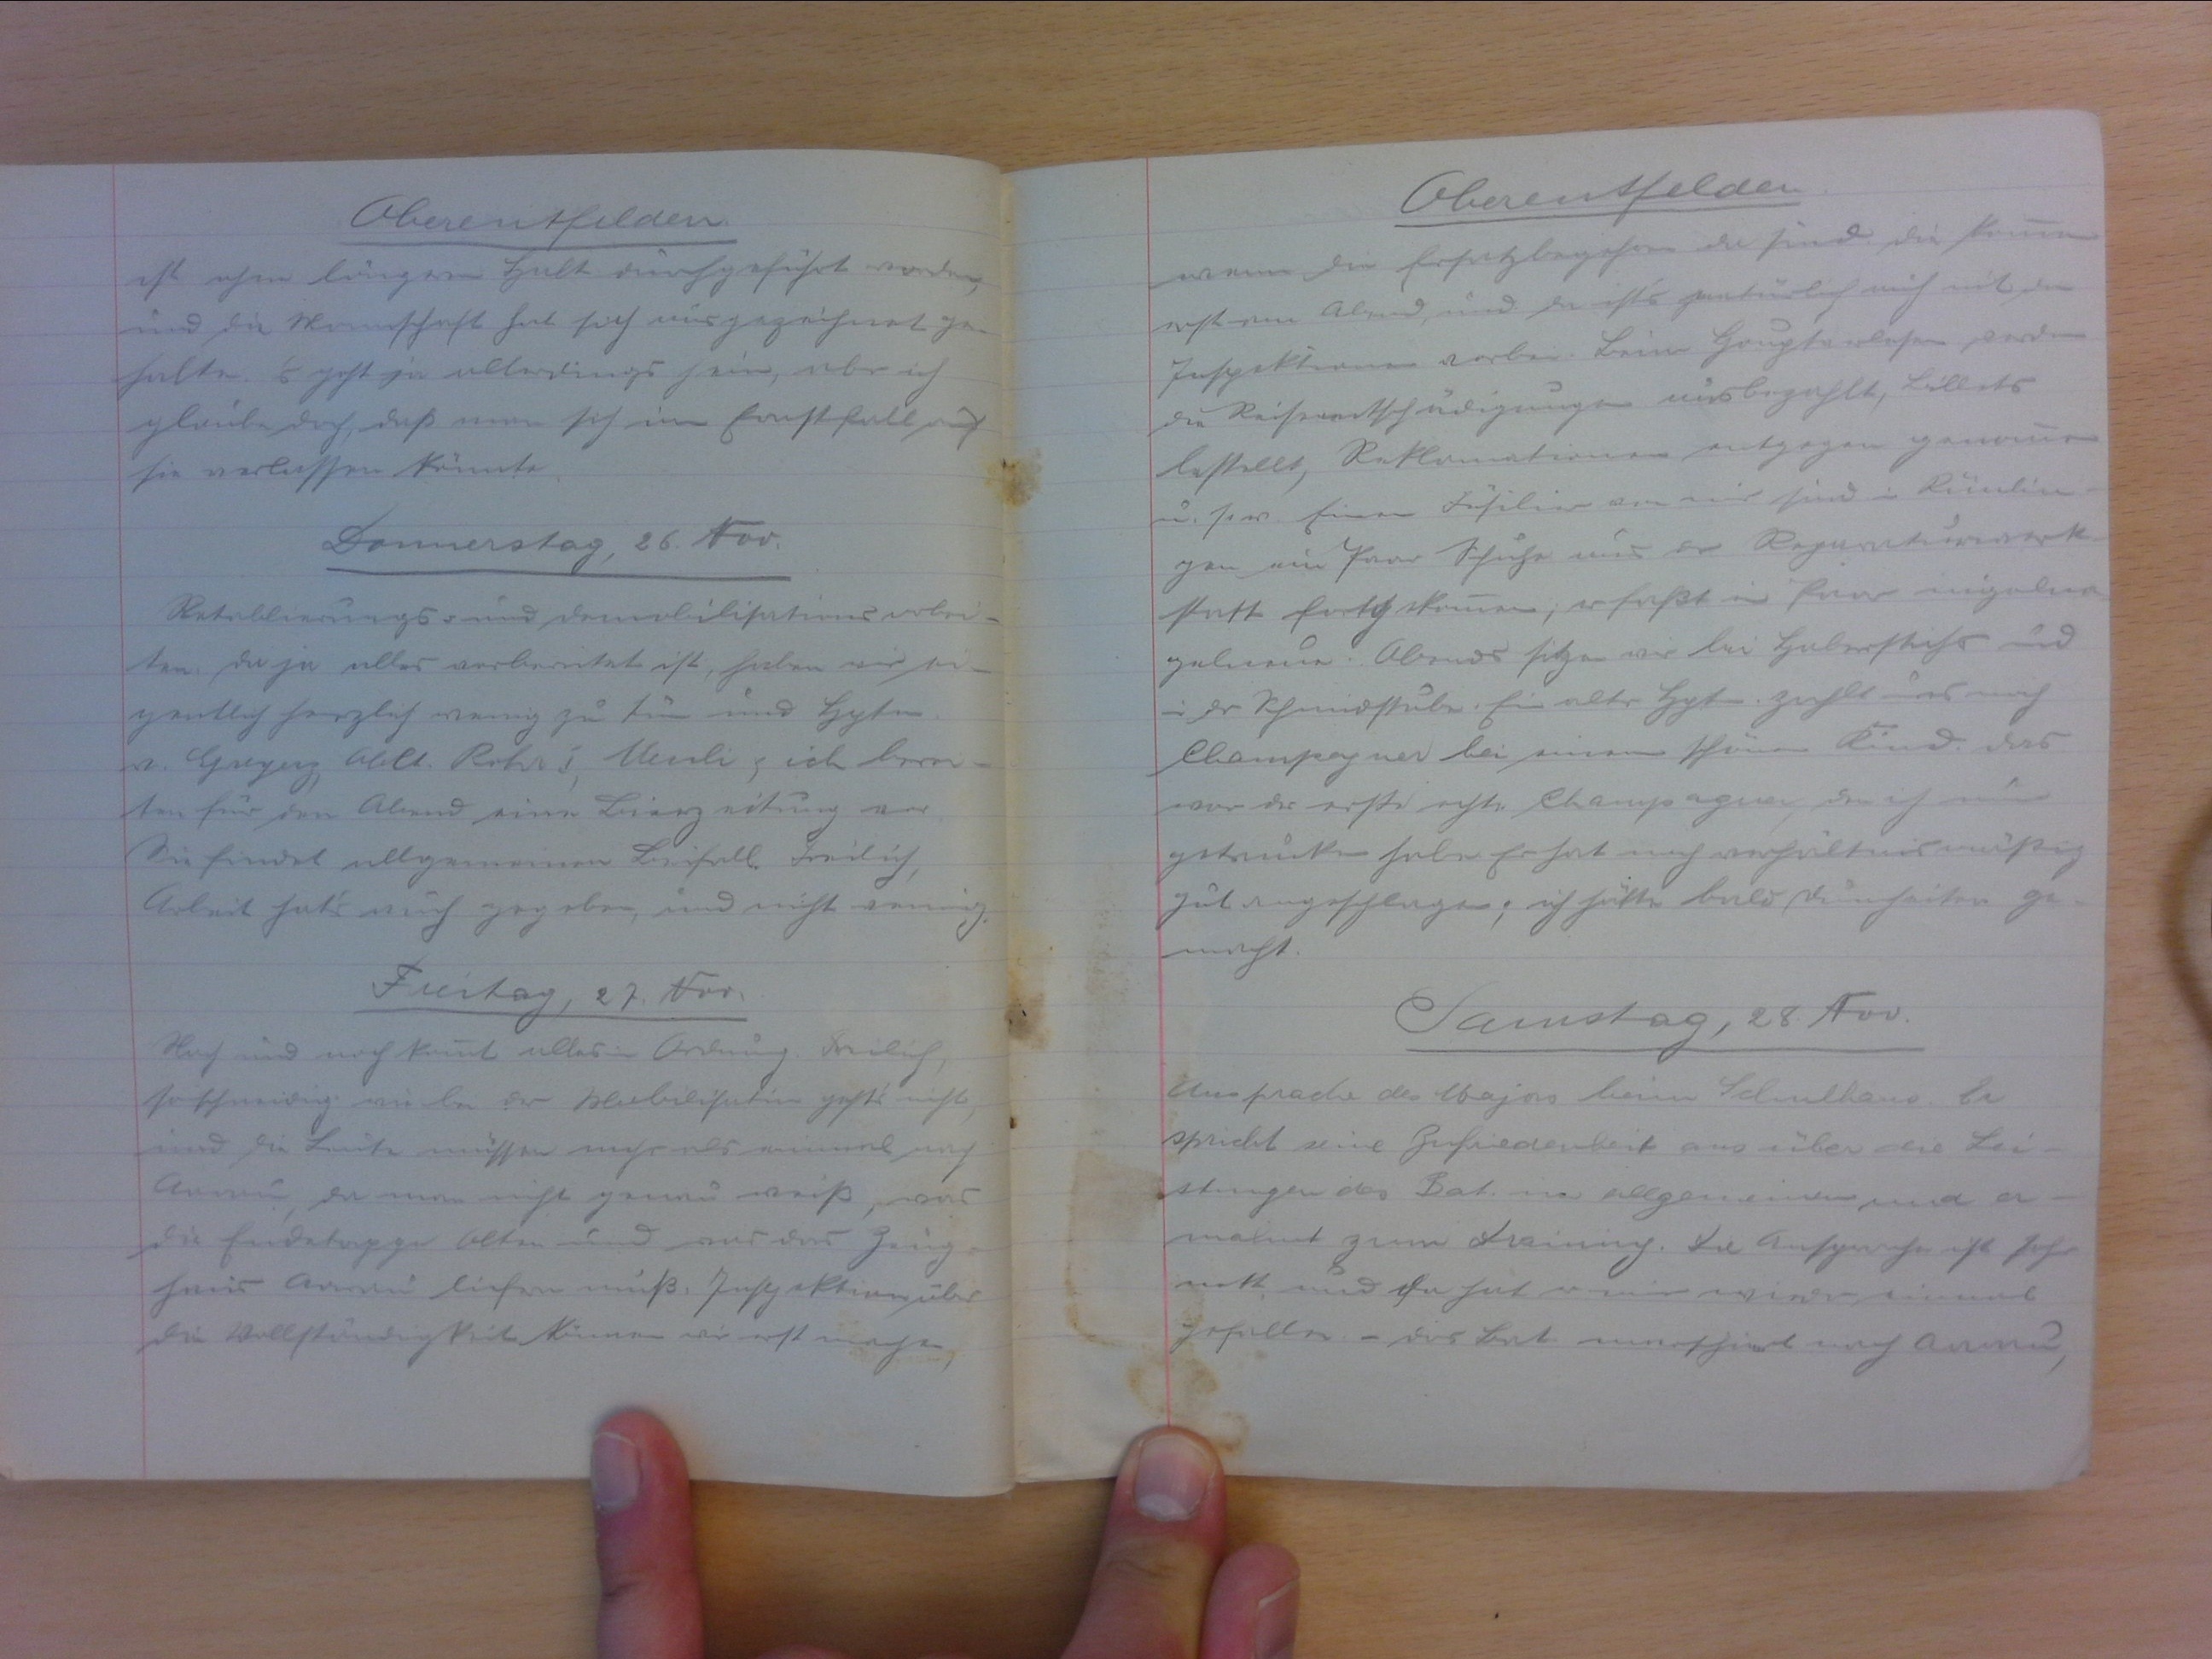
Oberentfelden
ist ohne längern Halt durchgeführt worden
und die Mannschaft hat sich ausgezeichnet ge-
halten. 's geht zu allerdings heim, aber ich
glaube doch, dass man sich im Ernstfall auf
sie verlassen könnte.
Donnerstag, 26. Nov.
Retablierungs- und Demobilisationsarbei-
ten. Da ja alles vorbereitet ist, haben wir ei-
gentlich herzlich wenig zu tun und Hptm.
iv. Greyerz, Oblt. Rohr I, Meuli & ich gut berei-
ten für den Abend eine Bierzeitung vor.
Sie findert allgemeinen Beifall. Freilich.
Arbeit hat's auch gegeben, und nicht wenig.
Freitag, 27. Nov.
Nach und nach kommt alles in Ordung. Freilich,
so schneidig wie bei der Mobilisation geht's nicht
und die Leute müssen mehr als einmal auf
Aarau, da man nicht genau weiss, was
die Endeetappe Olten und was das Zeug-
haus Aarau liefern muss. Inspektion über
die Vollständigkeit können wir erst machen,

Oberentfelden
wenn die Ersatzbegehren da sind. Die kommen
erst am Abend und da ist's natürlich mich mit den
Inspektoren vorbei. Beim Hauptverlesen werden
des Reiseentschädigungen ausbezahlt, Billets
bestellt, Reklamationen entgegen genommen
u. s. w. Einem Füsilier von mir sind in Rümlin-
gen ein Paar Schuhe aus der Reparaturwerk-
statt fortgekommen, er fasst ein Paar nigelna-
gelneue. Abends sitzen wir bei Haberstichs und
in der Schandstube. Ein alter Hptm. zahlt uns noch
Champagner bei einem scheinen Kind. Das
war der erste echte Champagner, den ich nun
getrunken habe. Er hat auch verhältismässig.
gut angeschlagen; ich hätte bald Dummheiten ge-
macht.
Samstag, 28. Nov.
Ansprache des Majors beim Schulhaus. Er
spricht seine Zufriedenheit aus über die Lei-
stungen des Bat. im allgemeinen und er-
mahnt zum Training. Die Ansprache ist sehr
nett, und da hat er mir wieder einmal
gefallen. - Das Bat. marschiert nach Aarau,